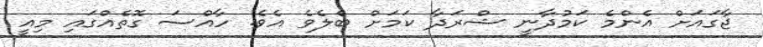
ޖާގައަށް އެންމެ ކަމުދާނީ ޝްރަދާ ކަމަށް ބެލެވެ އެވެ. ހާއްސަ ގޮތެއްގައި މިއީ